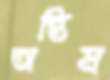
অন্তিম